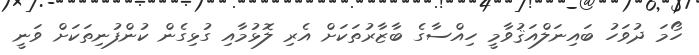
ހޯމަ ދުވަހު ބައިނަލްއަޤުވާމީ ހިއްސާގެ ބާޒާރުތަކަށް އެރި ލޮޅުމާއި ގުޅިގެން ކުންފުނިތަކަށް ވަނީ